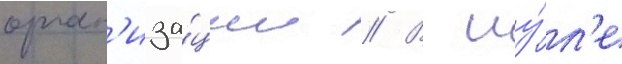
орган'иза́ции // В иу́л'е